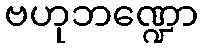
ဗဟုဘဏ္ဍော